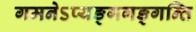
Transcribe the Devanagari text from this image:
गमनेऽप्यङ्गगङ्गन्ति